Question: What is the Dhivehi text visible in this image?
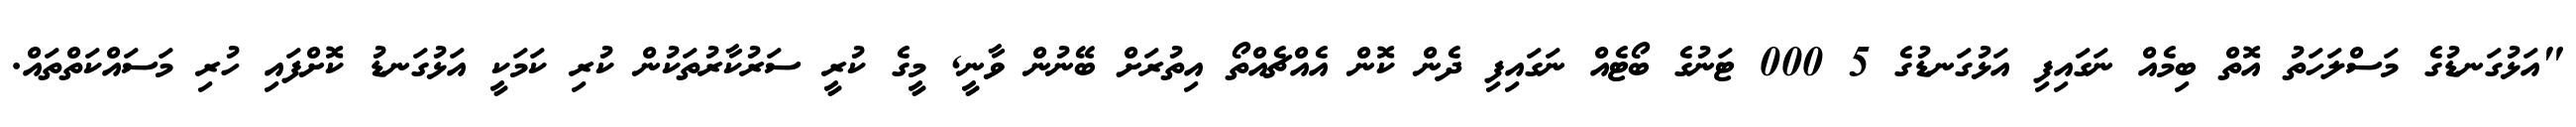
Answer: "އަޅުގަނޑުގެ މަސްލަހަތު އޮތް ބިމެއް ނަގައިފި އަޅުގަނޑުގެ 5 000 ޓަނުގެ ބޯޓެއް ނަގައިފި ދެން ކޮން އެއްޗެއްތޯ އިތުރަށް ބޭނުން ވާނީ, މީގެ ކުރީ ސަރުކާރުތަކުން ކުރި ކަމަކީ އަޅުގަނޑު ކޮށްފައި ހުރި މަސައްކަތްތައް.